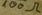
Text: 100Ω